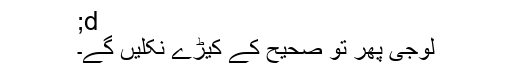
;d
لوجی پھر تو صحیح کے کیڑے نکلیں گے۔